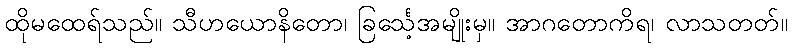
ထိုမထေရ်သည်။ သီဟယောနိတော၊ ခြင်္သေ့အမျိုးမှ။ အာဂတောကိရ၊ လာသတတ်။